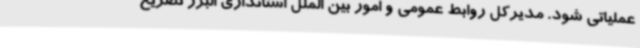
عملیاتی شود. مدیرکل روابط عمومی و امور بین الملل استانداری البرز تصریح